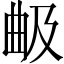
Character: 𣌵